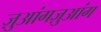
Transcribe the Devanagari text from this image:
ज़ुआंगज़ुआंग